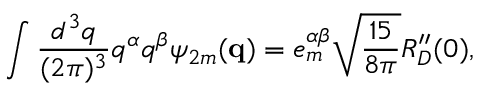
\int \frac { d ^ { 3 } q } { ( 2 \pi ) ^ { 3 } } q ^ { \alpha } q ^ { \beta } \psi _ { 2 m } ( { \bf q } ) = e _ { m } ^ { \alpha \beta } \sqrt { \frac { 1 5 } { 8 \pi } } R _ { D } ^ { \prime \prime } ( 0 ) ,